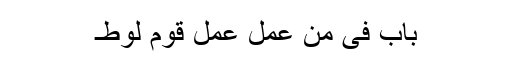
باب فی من عمل عمل قوم لوط۔